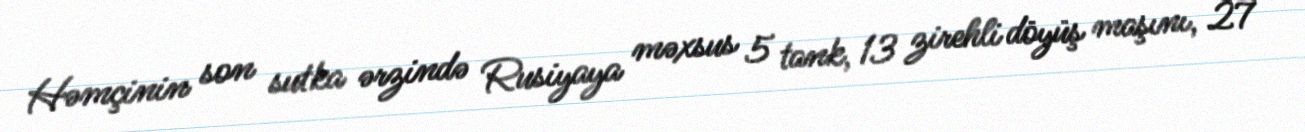
Həmçinin son sutka ərzində Rusiyaya məxsus 5 tank, 13 zirehli döyüş maşını, 27